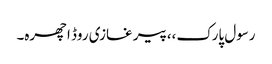
رسول پارک،،پیر غازی روڈ اچھرہ۔